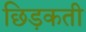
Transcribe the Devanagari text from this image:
छिड़कती